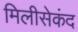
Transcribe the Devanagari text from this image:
मिलीसेकंद